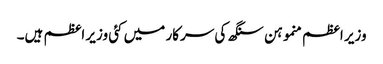
وزیر اعظم منموہن سنگھ کی سرکار میں کئی وزیر اعظم ہیں۔